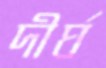
দীর্ঘ